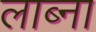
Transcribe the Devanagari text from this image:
लाब्ना